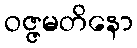
ဝဇ္ဇမတိနော